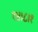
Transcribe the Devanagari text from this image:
१४।८।१